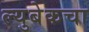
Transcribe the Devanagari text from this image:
ल्युबेकचा